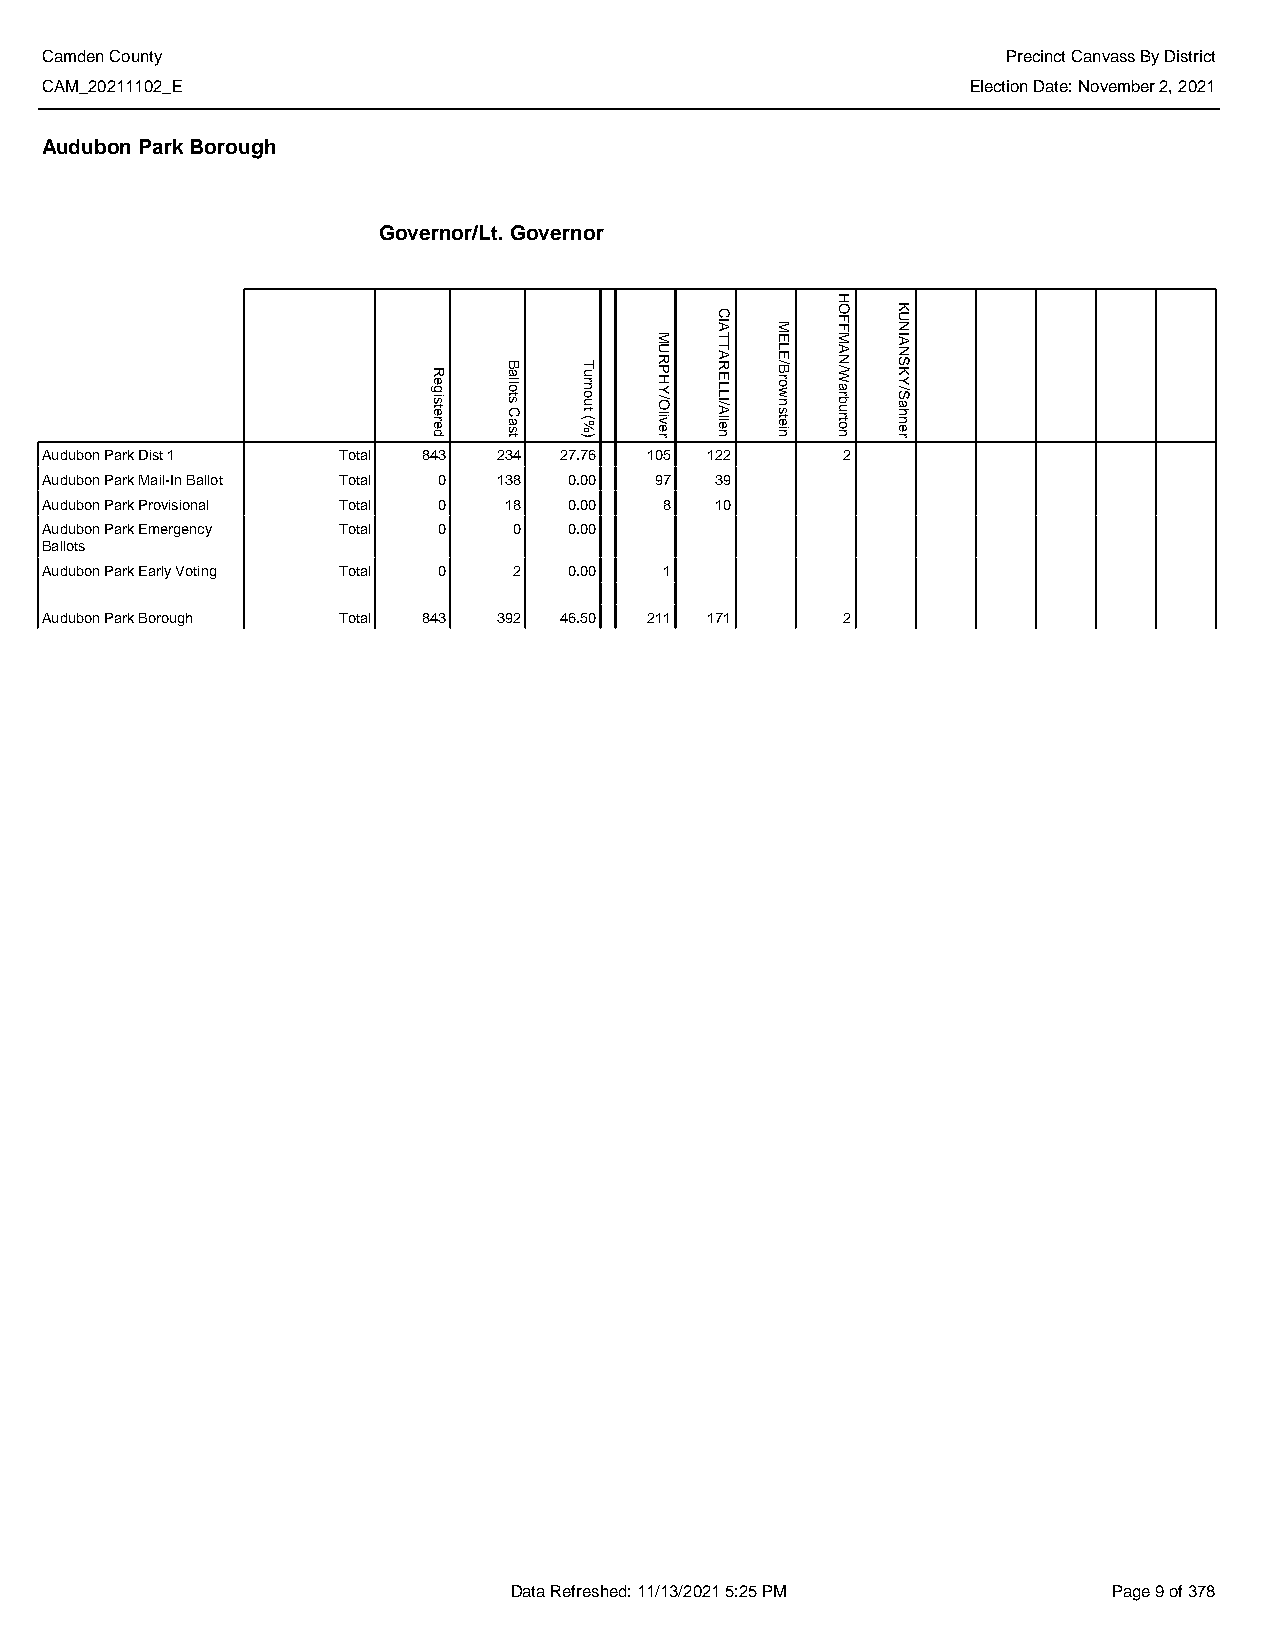
Camden County                                                   Precinct Canvass By District
 CAM_20211102_E                                               Election Date: November 2, 2021
 Audubon Park Borough
 Governor/Lt. Governor
 Audubon Park Dist 1 Total 843 234 27.76 105 122      2
 Audubon Park Mail-In Ballot Total 0 138 0.00 97 39
 Audubon Park Provisional Total 0 18 0.00 8  10
 Audubon Park Emergency Total 0 0   0.00
 Ballots
 Audubon Park Early Voting Total 0 2 0.00 1
 Audubon Park Borough Total 843 392 46.50 211 171     2
 Data Refreshed: 11/13/2021 5:25 PM      Page 9 of 378
 Registered
 Ballots
 Cast
 Turnout
 (%)
 MURPHY/Oliver
 CIATTARELLI/Allen
 MELE/Brownstein
 HOFFMAN/Warburton
 KUNIANSKY/Sahner